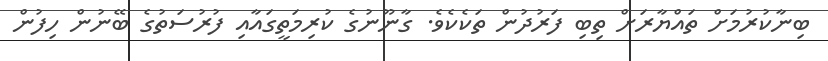
ބިނާކުރުމަށް ތައްޔާރަށް ތިބި ފަރުދުން ތަކެކެވެ. ގާނޫނުގެ ކުރިމަތީގައާއި ފުރުސަތުގެ ބޭނުން ހިފުން